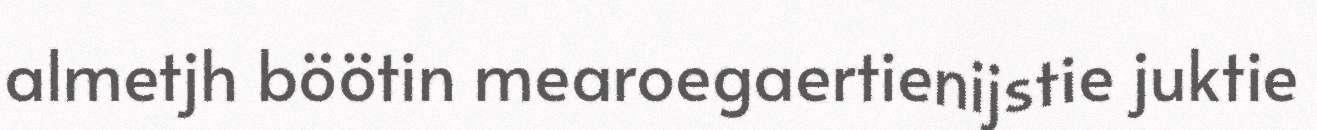
almetjh böötin mearoegaertienijstie juktie